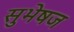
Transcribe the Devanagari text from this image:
सुभेषज